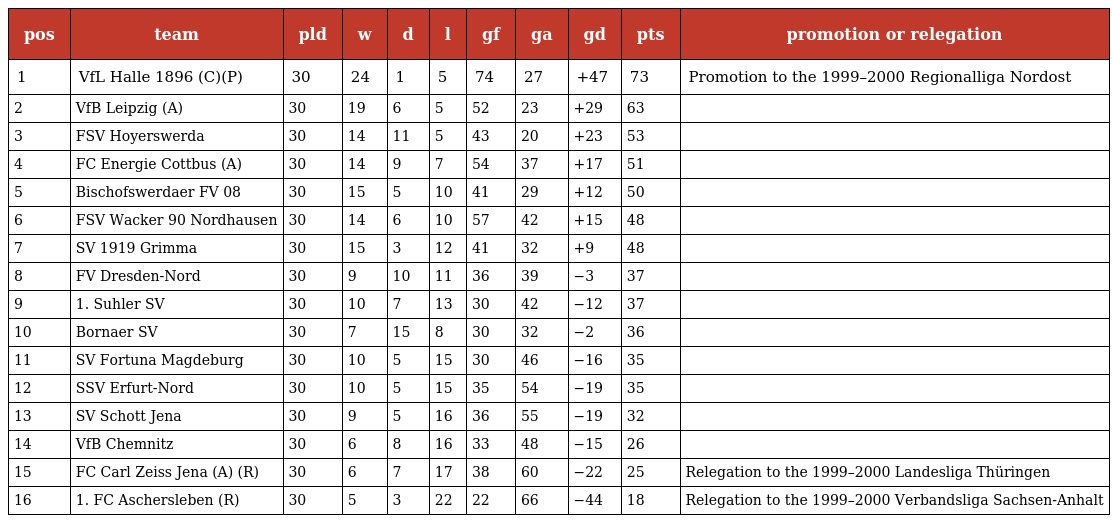
| pos | team | pld | w | d | l | gf | ga | gd | pts | promotion or relegation |
 | --- | --- | --- | --- | --- | --- | --- | --- | --- | --- | --- |
 | 1 | VfL Halle 1896 (C)(P) | 30 | 24 | 1 | 5 | 74 | 27 | +47 | 73 | Promotion to the 1999–2000 Regionalliga Nordost |
 | 2 | VfB Leipzig (A) | 30 | 19 | 6 | 5 | 52 | 23 | +29 | 63 |  |
 | 3 | FSV Hoyerswerda | 30 | 14 | 11 | 5 | 43 | 20 | +23 | 53 |  |
 | 4 | FC Energie Cottbus (A) | 30 | 14 | 9 | 7 | 54 | 37 | +17 | 51 |  |
 | 5 | Bischofswerdaer FV 08 | 30 | 15 | 5 | 10 | 41 | 29 | +12 | 50 |  |
 | 6 | FSV Wacker 90 Nordhausen | 30 | 14 | 6 | 10 | 57 | 42 | +15 | 48 |  |
 | 7 | SV 1919 Grimma | 30 | 15 | 3 | 12 | 41 | 32 | +9 | 48 |  |
 | 8 | FV Dresden-Nord | 30 | 9 | 10 | 11 | 36 | 39 | −3 | 37 |  |
 | 9 | 1. Suhler SV | 30 | 10 | 7 | 13 | 30 | 42 | −12 | 37 |  |
 | 10 | Bornaer SV | 30 | 7 | 15 | 8 | 30 | 32 | −2 | 36 |  |
 | 11 | SV Fortuna Magdeburg | 30 | 10 | 5 | 15 | 30 | 46 | −16 | 35 |  |
 | 12 | SSV Erfurt-Nord | 30 | 10 | 5 | 15 | 35 | 54 | −19 | 35 |  |
 | 13 | SV Schott Jena | 30 | 9 | 5 | 16 | 36 | 55 | −19 | 32 |  |
 | 14 | VfB Chemnitz | 30 | 6 | 8 | 16 | 33 | 48 | −15 | 26 |  |
 | 15 | FC Carl Zeiss Jena (A) (R) | 30 | 6 | 7 | 17 | 38 | 60 | −22 | 25 | Relegation to the 1999–2000 Landesliga Thüringen |
 | 16 | 1. FC Aschersleben (R) | 30 | 5 | 3 | 22 | 22 | 66 | −44 | 18 | Relegation to the 1999–2000 Verbandsliga Sachsen-Anhalt |